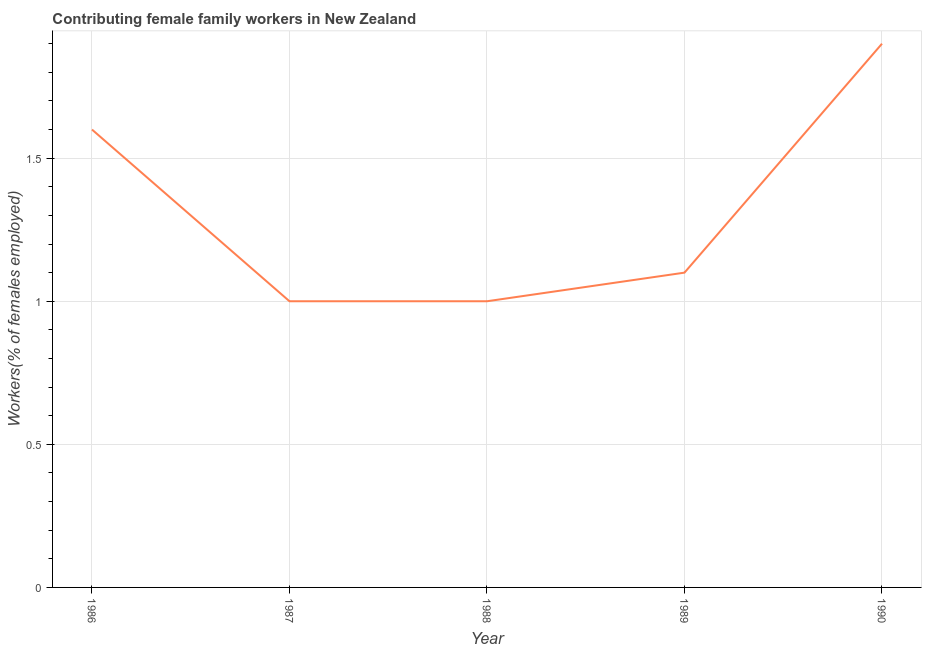
| Year | Contributing family workers |
 | --- | --- |
 | 1986 | 1.6 |
 | 1987 | 1 |
 | 1988 | 1 |
 | 1989 | 1.1 |
 | 1990 | 1.9 |